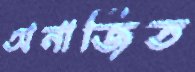
অনার্জিত